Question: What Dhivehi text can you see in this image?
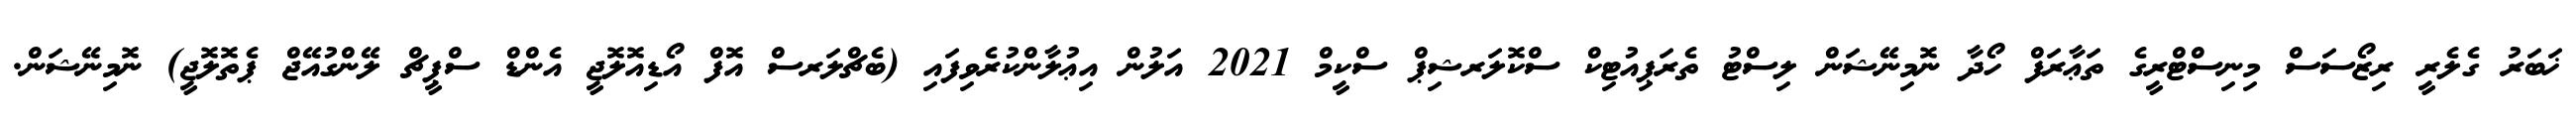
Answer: ޚަބަރު ގެލެރީ ރިޒޯސަސް މިނިސްޓްރީގެ ތަޢާރަފް ހޯދާ ނޮމިނޭޝަން ލިސްޓު ތެރަޕިއުޓިކް ސްކޮލަރޝިޕް ސްކީމް 2021 އަލުން އިޢުލާންކުރެވިފައި (ބެޗްލަރސް އޮފް އޯޑިއޮލޮޖީ އެންޑް ސްޕީޗް ލޭންގުއޭޖް ޕެތޮލޮޖީ) ނޮމިނޭޝަން.